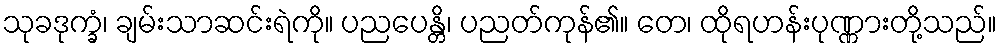
သုခဒုက္ခံ၊ ချမ်းသာဆင်းရဲကို။ ပညပေန္တိ၊ ပညတ်ကုန်၏။ တေ၊ ထိုရဟန်းပုဏ္ဏားတို့သည်။